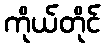
ကိုယ်တိုင်